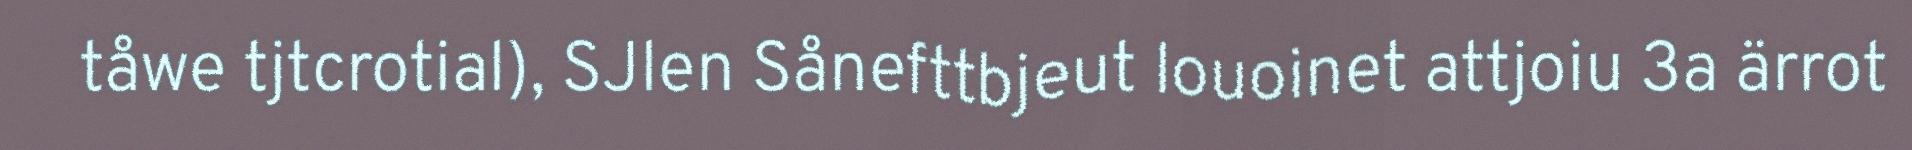
tåwe tjtcrotial), SJlen Sånefttbjeut louoinet attjoiu 3a ärrot